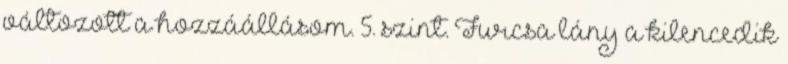
változott a hozzáállásom. 5. szint. Furcsa lány a kilencedik